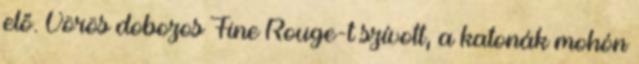
elő. Vörös dobozos Fine Rouge-t szívott, a katonák mohón